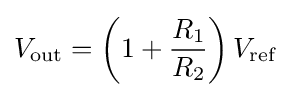
V_{\text{out}}=\left(1+{\frac {R_{1}}{R_{2}}}\right)V_{\text{ref}}\